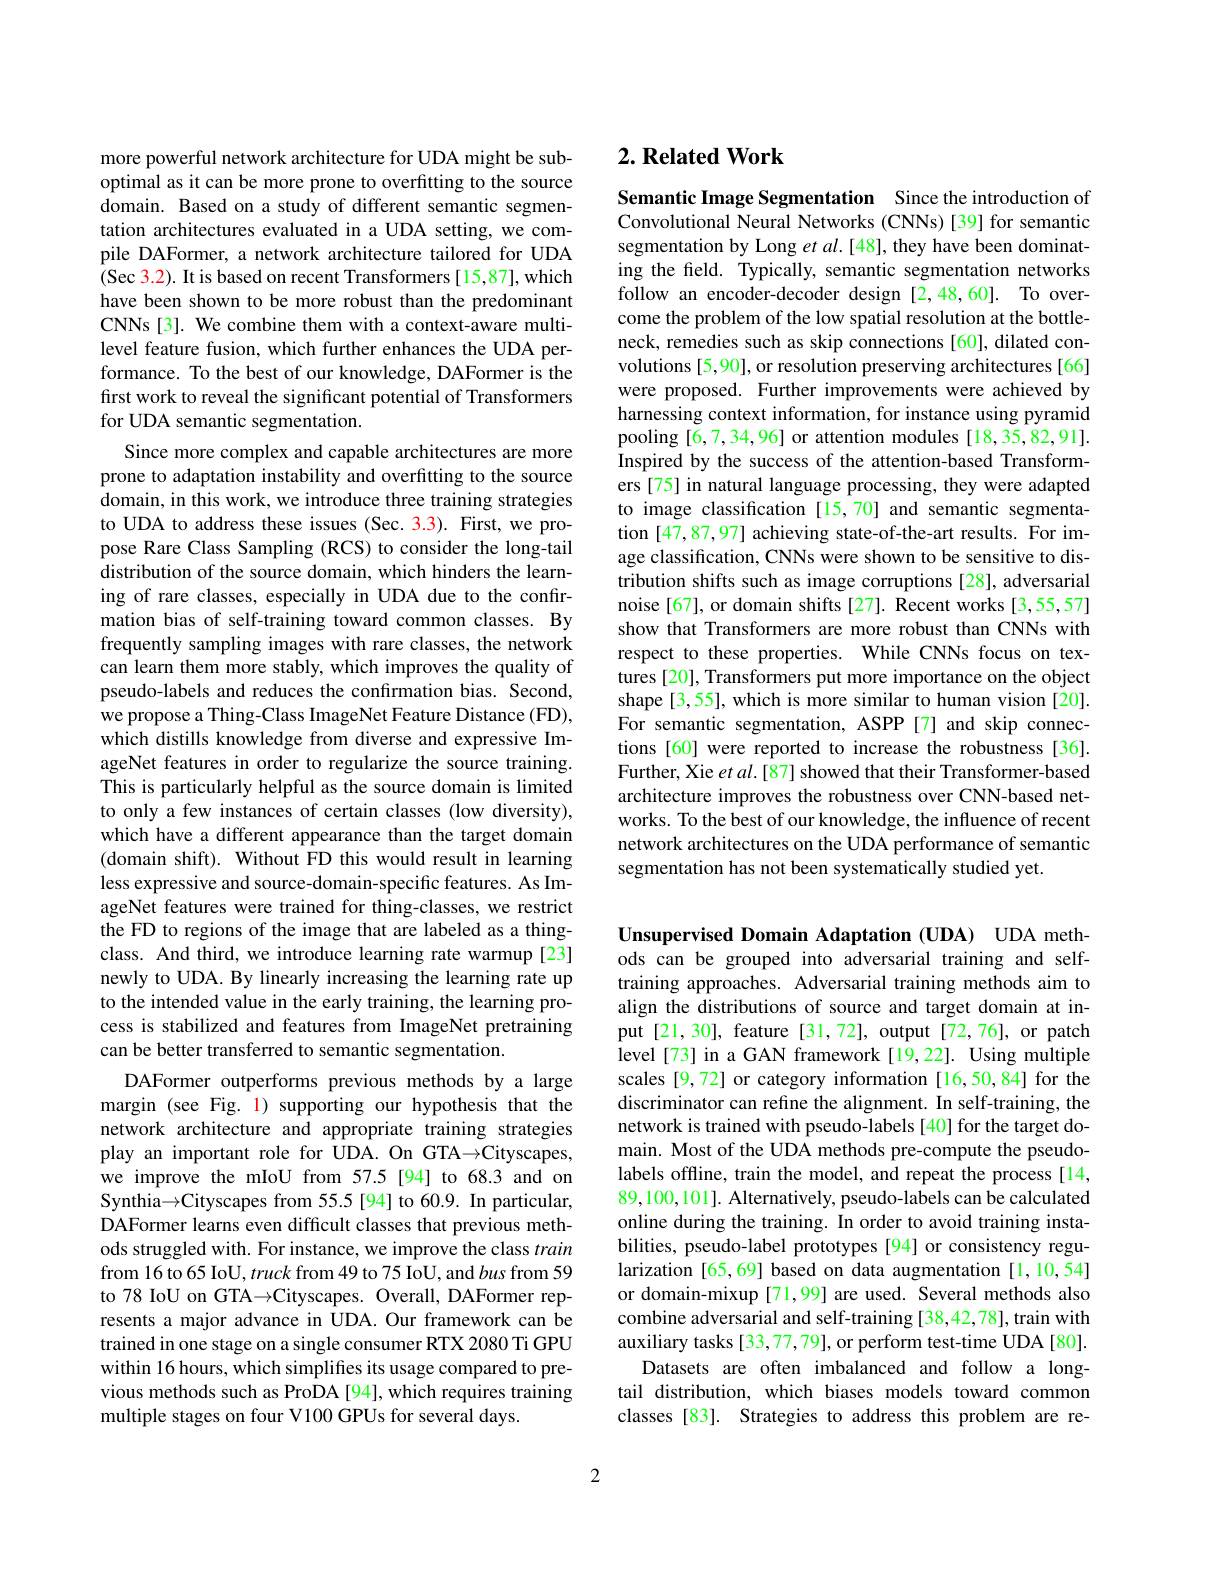
more powerful network architecture for UDA might be suboptimal as it can be more prone to overfitting to the source domain. Based on a study of different semantic segmentation architectures evaluated in a UDA setting, we compile DAFormer, a network architecture tailored for UDA (Sec 3.2). It is based on recent Transformers[15,87], which have been shown to be more robust than the predominant CNNs[3]. We combine them with a context-aware multilevel feature fusion, which further enhances the UDA performance. To the best of our knowledge, DAFormer is the first work to reveal the significant potential of Transformers for UDA semantic segmentation.
Since more complex and capable architectures are more prone to adaptation instability and overfitting to the source domain, in this work, we introduce three training strategies to UDA to address these issues (Sec. 3.3). First, we propose Rare Class Sampling (RCS) to consider the long-tail distribution of the source domain, which hinders the learning of rare classes, especially in UDA due to the confirmation bias of self-training toward common classes. By frequently sampling images with rare classes, the network can learn them more stably, which improves the quality of pseudo-labels and reduces the confirmation bias. Second, we propose a Thing-Class ImageNet Feature Distance (FD), which distills knowledge from diverse and expressive ImageNet features in order to regularize the source training. This is particularly helpful as the source domain is limited to only a few instances of certain classes (low diversity), which have a different appearance than the target domain (domain shift). Without FD this would result in learning less expressive and source-domain-specific features. As ImageNet features were trained for thing-classes, we restrict the FD to regions of the image that are labeled as a thingclass. And third, we introduce learning rate warmup [23] newly to UDA. By linearly increasing the learning rate up to the intended value in the early training, the learning process is stabilized and features from ImageNet pretraining can be better transferred to semantic segmentation.
DAFormer outperforms previous methods by a large margin (see Fig. 1) supporting our hypothesis that the network architecture and appropriate training strategies play an important role for ÛDA.On GTA→Cityscapes, we improve the mIoU from 57.5[94] to68.3 and on Synthia$\to$Cityscapes from 55.5[94] to 60.9. In particular, DAFormer learns even difficult classes that previous methods struggled with. For instance, we improve the class train from 16 to 65 IoU, truck from 49 to 75 IoU, and bus from 59 to 78 IoU on GTA→Cityscapes. Overall, DAFormer represents a major advance in UDA. Our framework can be trained in one stage on a single consumer RTX 2080 Ti GPU within 16 hours, which simplifes its usage compared to previous methods such as ProDA [94], which requires training multiple stages on four V100 GPUs for several days.

## $2. \textbf{Related Work}$

Semantic Image Segmentation Since the introduction of Convolutional Neural Networks (CNNs) [39] for semantic segmentation by Long $etal.[48]$, they have been dominating the field. Typically, semantic segmentation networks follow an encoder-decoder design [2,48,60]. To overcome the problem of the low spatial resolution at the bottleneck, remedies such as skip connections [60], dilated convolutions [5,90], or resolution preserving architectures [66] were proposed. Further improvements were achieved by harnessing context information, for instance using pyramid pooling [6,7,34,96] or attention modules [18,35,82,91]. Inspired by the success of the attention-based Transformers [75] in natural language processing, they were adapted to image classification [15,70] and semantic segmentation [47,87,97] achieving state-of-the-art results. For image classification, CNNs were shown to be sensitive to distribution shifts such as image corruptions [28], adversarial noise[67], or domain shifts [27]. Recent works [3,55,57] show that Transformers are more robust than CNNs with respect to these properties. While CNNs focus on textures [20], Transformers put more importance on the object shape [3,55], which is more similar to human vision [20]. For semantic segmentation, ASPP [7] and skip connections [60] were reported to increase the robustness [36]. Further, Xie $etal.[87]$ showed that their Transformer-based architecture improves the robustness over CNN-based networks. To the best of our knowledge, the influence of recent network architectures on the UDA performance of semantic segmentation has not been systematically studied yet.

Unsupervised Domain Adaptation (UDA) UDA methods can be grouped into adversarial training and selftraining approaches. Adversarial training methods aim to align the distributions of source and target domain at input[21,30], feature[31,72], output[72,76], or patch level[73] in a GAN framework [19,22]. Using multiple scales [9,72] or category information [16,50,84] for the discriminator can refine the alignment. In self-training, the network is trained with pseudo-labels [40] for the target domain. Most of the UDA methods pre-compute the pseudolabels offline, train the model, and repeat the process[14, 89,100,101]. Alternatively, pseudo-labels can be calculated online during the training. In order to avoid training instabilities, pseudo-label prototypes[94] or consistency regularization [65,69] based on data augmentation [1,10,54] or domain-mixup [71,99] are used. Several methods also combine adversarial and self-training [38,42,78], train with auxiliary tasks [33,77,79], or perform test-time UDA [80].
Datasets are often imbalanced and follow a longtail distribution, which biases models toward common classes [83]. Strategies to address this problem are re-

2